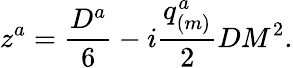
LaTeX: z^{a}={\frac{D^{a}}{6}}-i{\frac{q_{(m)}^{a}}{2}}DM^{2}.